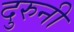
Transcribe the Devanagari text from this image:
दुरुनी